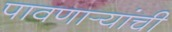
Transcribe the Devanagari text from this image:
पावणार्‍यांची